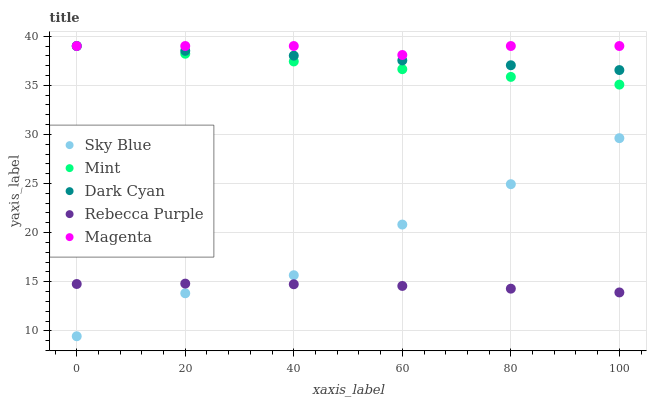
| xaxis_label | Sky Blue | Mint | Dark Cyan | Rebecca Purple | Magenta |
 | --- | --- | --- | --- | --- | --- |
 | 0 | 9.45 | 39 | 39 | 14.8 | 39 |
 | 20 | 13.8 | 38.2 | 38.5 | 14.8 | 39 |
 | 40 | 15.7 | 37.4 | 38 | 14.7 | 39 |
 | 60 | 20.8 | 36.6 | 37.5 | 14.6 | 38.1 |
 | 80 | 24.9 | 35.9 | 37 | 14.3 | 39 |
 | 100 | 29.6 | 35.1 | 36.6 | 13.9 | 39 |